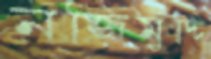
নজিমুদ্দি